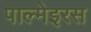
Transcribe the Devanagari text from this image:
पाल्मेइरस